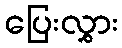
ပြေးလွှား